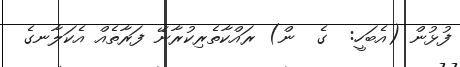
ފުޅުން (އެބަހީ:  ގެ  ން) ރައްކާތެރިކުރާނޭ ފަރާތެއް އެކަލާނގެ